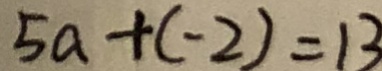
5 a + ( - 2 ) = 1 3